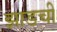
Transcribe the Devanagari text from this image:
झाडची